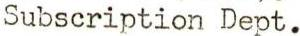
Subscription Dept.